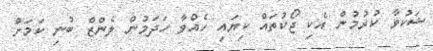
ޝަކުވާ ކުރުމުުން އެކި ޖޯކުތައް ކިޔައި ހެއްވާ ހަދަމުން ލެންޒް ބުނި ކަމަށް